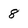
Character: 8